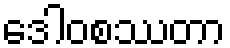
ဒေါဝစဿတာ